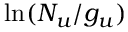
\ln ( N _ { u } / g _ { u } )